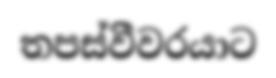
තපස්වීවරයාට